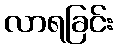
လာရခြင်း